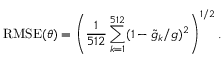
\operatorname { R M S E } ( \theta ) = \left( \frac { 1 } { 5 1 2 } \sum _ { k = 1 } ^ { 5 1 2 } ( 1 - \tilde { g } _ { k } / g ) ^ { 2 } \right) ^ { 1 / 2 } .